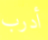
أدرب